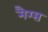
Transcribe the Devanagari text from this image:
मैग्स